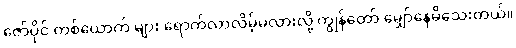
ဇော်ပိုင် တစ်ယောက် များ ရောက်လာလိမ့်မလားလို့ ကျွန်တော် မျှော်နေမိသေးတယ်။